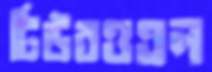
টিউবওএল